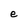
Character: e